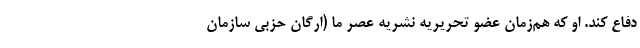
دفاع کند. او که هم‌زمان عضو تحریریه نشریه عصر ما (ارگان حزبی سازمان